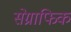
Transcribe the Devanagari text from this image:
सेग्राफिक